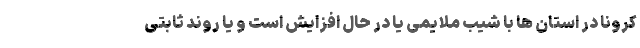
کرونا در استان ها با شیب ملایمی یا در حال افزایش است و یا روند ثابتی